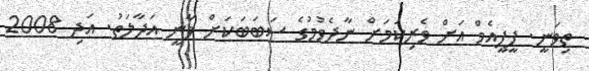
ތިވަނީ. ޕީޕީއެމް އަށް ވެރިކަމަށް ނާދެވުމުގެ ސަބަބަކަށް ވާނީ އަދާލަތު. އަދި 2008